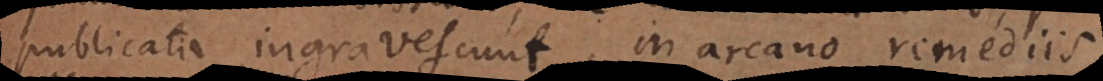
publicata ingravescunt, in arcano remediis